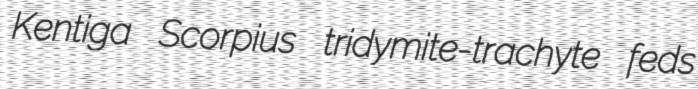
Kentiga Scorpius tridymite-trachyte feds